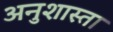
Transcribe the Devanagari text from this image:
अनुशास्ता